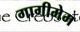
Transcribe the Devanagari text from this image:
गागीमेम